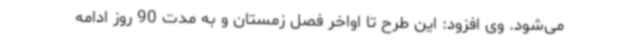
می‌شود. وی افزود: این طرح تا اواخر فصل زمستان و به مدت 90 روز ادامه